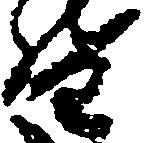
督